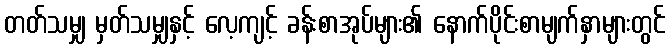
တတ်သမျှ မှတ်သမျှနှင့် လေ့ကျင့် ခန်းစာအုပ်များ၏ နောက်ပိုင်းစာမျက်နှာများတွင်